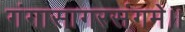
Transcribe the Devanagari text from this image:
गंगासागरसंगमे।।